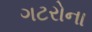
ગટરોના